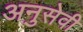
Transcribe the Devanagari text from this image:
अनुसेवी